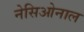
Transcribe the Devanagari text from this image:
नेसिओनाल